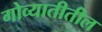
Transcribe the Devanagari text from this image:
गोव्यातीतील